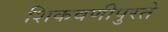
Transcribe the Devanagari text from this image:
शिकवणीपुरते